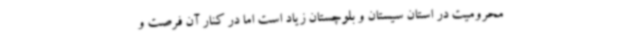
محرومیت در استان سیستان و بلوچستان زیاد است اما در کنار آن فرصت و